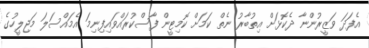
އެފަދަ ވަޒީރުންނާ ދެކޮޅަށް އިތުބާރު ނެތް ކަމަށް ކޮމިޓީން ފާސްކުރައްވައިފިނިމަ އެމައްސަލަ މަޖިލީހުގެ